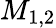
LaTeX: M_{1,2}